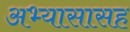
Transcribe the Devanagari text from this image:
अभ्यासासह